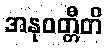
အနုဝတ္တီတိ